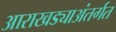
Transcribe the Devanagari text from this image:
आराखड्याअंतर्गत